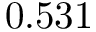
0 . 5 3 1